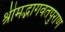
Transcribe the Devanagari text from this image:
श्रीमद्भागवतपुराण